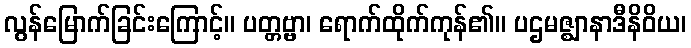
လွန်မြောက်ခြင်းကြောင့်။ ပတ္တဗ္ဗာ၊ ရောက်ထိုက်ကုန်၏။ ပဌမဇ္ဈာနာဒီနိဝိယ၊